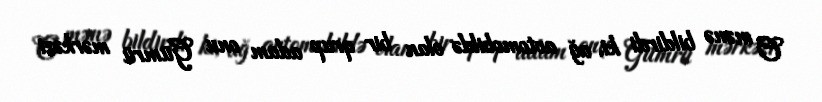
O mənə bildirdi ki, ağ avtomobildə olan bir qrup adam onu Gümrü mərkəzi